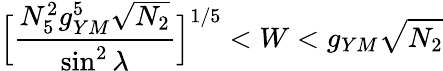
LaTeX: \Big[\frac{N_{5}^{2}g_{YM}^{5}\sqrt{N_{2}}}{\sin^{2}\lambda}\Big]^{1/5}<W<g_{YM}\sqrt{N_{2}}